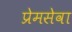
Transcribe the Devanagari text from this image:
प्रेमसेवा